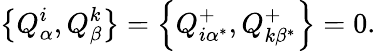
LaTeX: \left\{ Q_{\alpha}^{i},Q_{\beta}^{k}\right\} =\left\{ Q_{i\alpha^{*}}^{+},Q_{k\beta^{*}}^{+}\right\} =0.